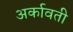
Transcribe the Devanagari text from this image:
अर्कावती